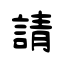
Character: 請